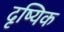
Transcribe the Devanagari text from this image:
दृष्यिक